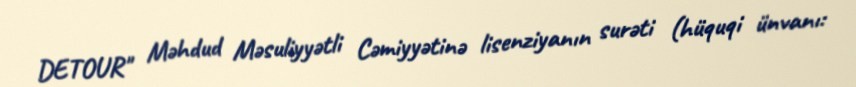
DETOUR" Məhdud Məsuliyyətli Cəmiyyətinə lisenziyanın surəti (hüquqi ünvanı: